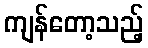
ကျန်တော့သည့်